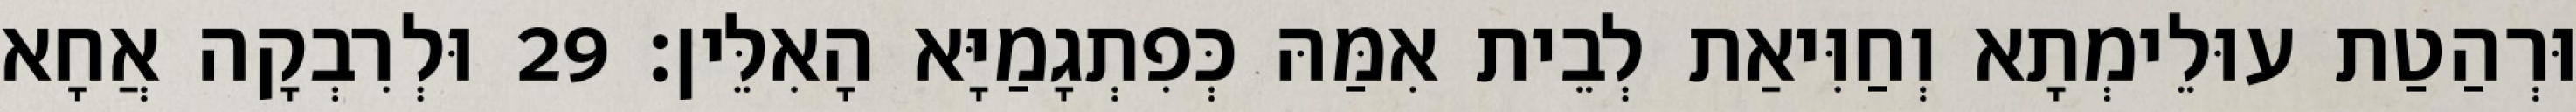
וּרְהַטַת עוּלֵימְתָא וְחַוִּיאַת לְבֵית אִמַּהּ כְּפִתְגָמַיָּא הָאִלֵּין׃ 29 וּלְרִבְקָה אֲחָא